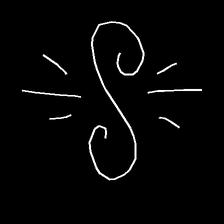
Glyph: wind-directs-air